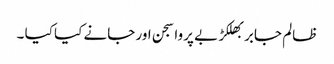
ظالم جابر بھلکڑ بے پروا سجن اور جانے کیا کیا ۔